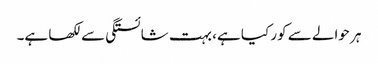
ہر حوالے سے کور کیا ہے، بہت شائستگی سے لکھا ہے۔